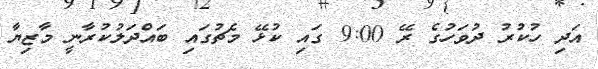
އަދި ހުކުރު ދުވަހުގެ ރޭ 9:00 ގައި ކުޅޭ މެޗުގައި ބައްދަލުކުރާނީ މާޒިޔާ